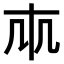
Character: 𠦐